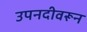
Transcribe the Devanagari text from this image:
उपनदीवरून